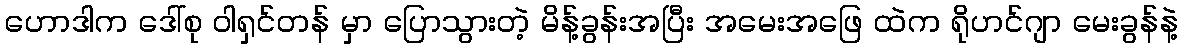
ဟောဒါက ဒေါ်စု ဝါရှင်တန် မှာ ပြောသွားတဲ့ မိန့်ခွန်းအပြီး အမေးအဖြေ ထဲက ရိုဟင်ဂျာ မေးခွန်နဲ့